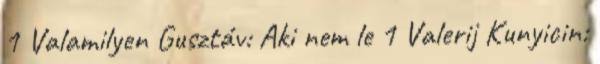
1 Valamilyen Gusztáv: Aki nem le 1 Valerij Kunyicin: